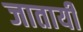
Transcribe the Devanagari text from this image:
जातायी